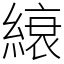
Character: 縗